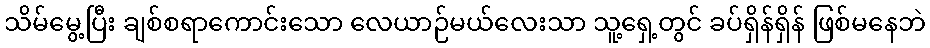
သိမ်မွေ့ပြီး ချစ်စရာကောင်းသော လေယာဉ်မယ်လေးသာ သူ့ရှေ့တွင် ခပ်ရှိန်ရှိန် ဖြစ်မနေဘဲ